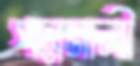
পদ্মমালী